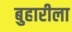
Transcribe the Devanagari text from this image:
बुहारीला